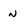
Character: n